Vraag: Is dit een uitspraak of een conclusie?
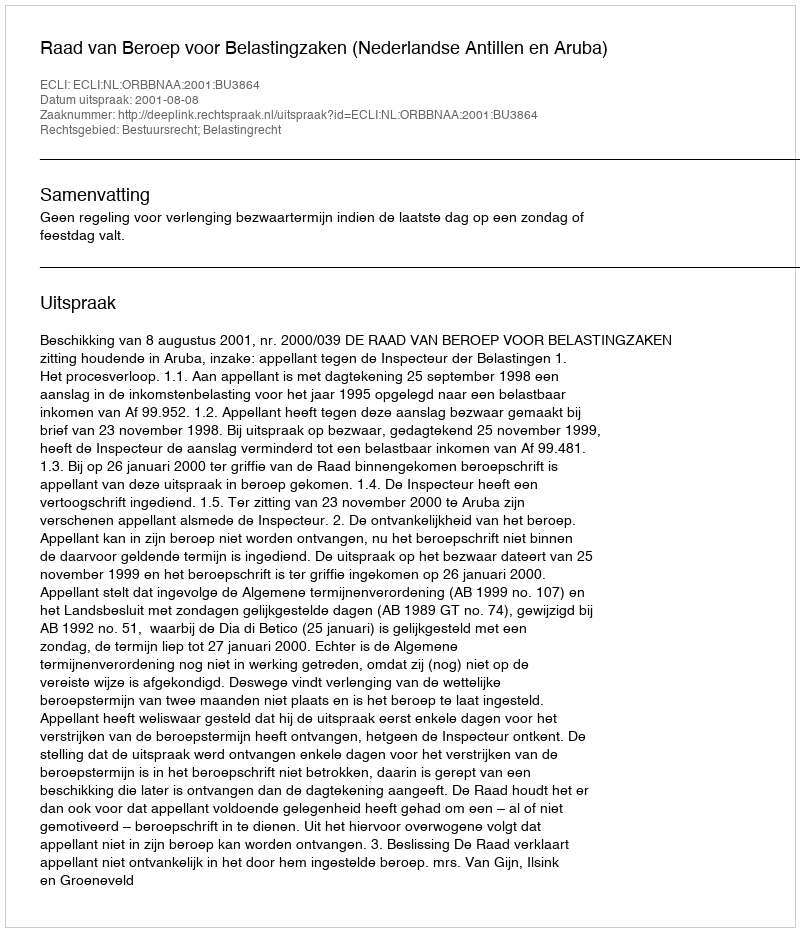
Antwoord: Uitspraak